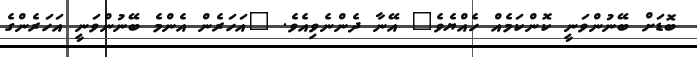
ބޮޑަށް ބޭނުންވަނީ ކޮންކަމެއް ހެއްޔެވެ" އޭނާ ދެންނެވިއެވެ. "އަހަރެން އެންމެ ބޭނުންވަނީ އަހަރެންގެ